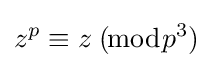
z^{p}\equiv z\;(\!{\bmod {p^{3}}})